Studies on the mouth parts a Comparative anatomy of the proboscis in the blood-sucking muscidae - Number 60
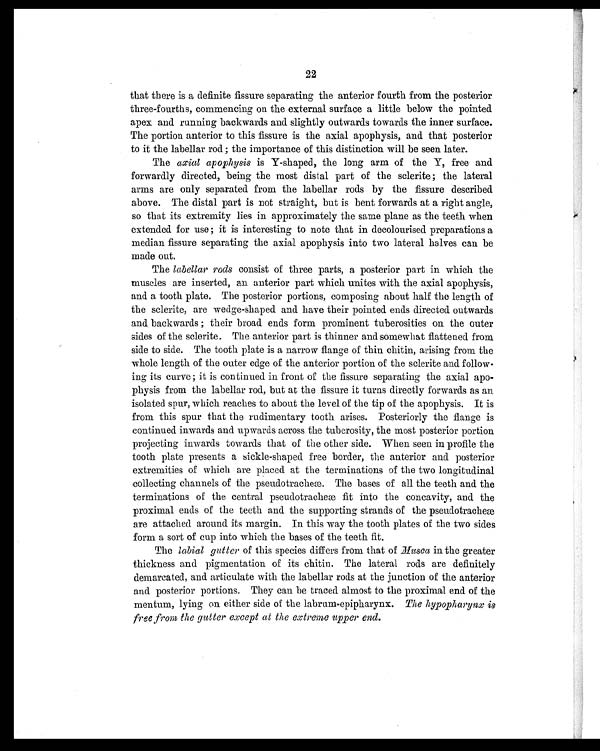
22
that there is a definite fissure separating the anterior fourth from the posterior
three-fourths, commencing on the external surface a little below the pointed
apex and running backwards and slightly outwards towards the inner surface.
The portion anterior to this fissure is the axial apophysis, and that posterior
to it the labellar rod; the importance of this distinction will be seen later.
The axial apophysis is Y-shaped, the long arm of the Y, free and
forwardly directed, being the most distal part of the sclerite; the lateral
arms are only separated from the labellar rods by the fissure described
above. The distal part is not straight, but is bent forwards at a right angle,
so that its extremity lies in approximately the same plane as the teeth when
extended for use; it is interesting to note that in decolourised preparations a
median fissure separating the axial apophysis into two lateral halves can be
made out.
The labellar rods consist of three parts, a posterior part in which the
muscles are inserted, an anterior part which unites with the axial apophysis,
and a tooth plate. The posterior portions, composing about half the length of
the sclerite, are wedge-shaped and have their pointed ends directed outwards
and backwards; their broad ends form prominent tuberosities on the outer
sides of the sclerite. The anterior part is thinner and somewhat flattened from
side to side. The tooth plate is a narrow flange of thin chitin, arising from the
whole length of the outer edge of the anterior portion of the sclerite and follow-
ing its curve; it is continued in front of the fissure separating the axial apo-
physis from the labellar rod, but at the fissure it turns directly forwards as an
isolated spur, which reaches to about the level of the tip of the apophysis. It is
from this spur that the rudimentary tooth arises. Posteriorly the flange is
continued inwards and upwards across the tuberosity, the most posterior portion
projecting inwards towards that of the other side. When seen in profile the
tooth plate presents a sickle-shaped free border, the anterior and posterior
extremities of which are placed at the terminations of the two longitudinal
collecting channels of the pseudotracheæ. The bases of all the teeth and the
terminations of the central pseudotracheæ fit into the concavity, and the
proximal ends of the teeth and the supporting strands of the pseudotracheæ
are attached around its margin. In this way the tooth plates of the two sides
form a sort of cup into which the bases of the teeth fit.
The labial gutter of this species differs from that of Musca in the greater
thickness and pigmentation of its chitin. The lateral rods are definitely
demarcated, and articulate with the labellar rods at the junction of the anterior
and posterior portions. They can be traced almost to the proximal end of the
mentum, lying on either side of the labrum-epipharynx. The hypopharynx is
free from the gutter except at the extreme upper end.